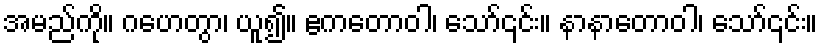
အမည်ကို။ ဂဟေတွာ၊ ယူ၍။ ဧကတောဝါ၊ သော်၎င်း။ နာနာတောဝါ၊ သော်၎င်း။